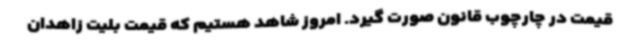
قیمت در چارچوب قانون صورت گیرد. امروز شاهد هستیم که قیمت بلیت زاهدان